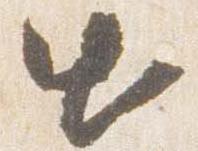
出